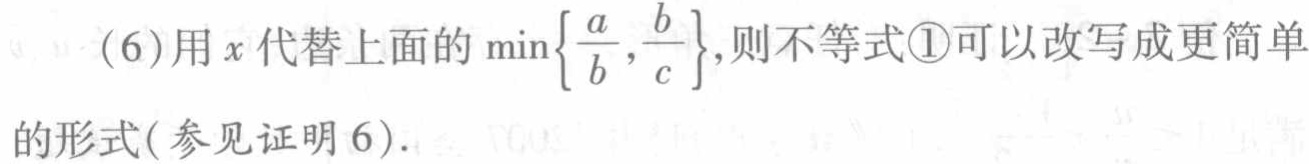
(6)用\(x\)代替上面的\(\min\left\{\frac{a}{b},\frac{b}{c}\right\}\),则不等式\textcircled{1}可以改写成更简单的形式(参见证明6).